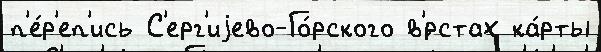
п'е́р'еп'ись С'ерг'иjево-Го́рского в'́рстах ка́рты